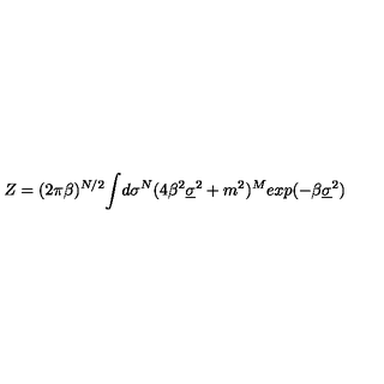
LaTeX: Z = ( 2 \pi \beta ) ^ { N / 2 } { \LARGE \int } d \sigma ^ { N } ( 4 \beta ^ { 2 } \underline { { \sigma } } ^ { 2 } + m ^ { 2 } ) ^ { M } e x p ( - \beta \underline { { \sigma } } ^ { 2 } )